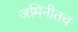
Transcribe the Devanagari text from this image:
जमिनीतच